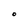
Character: O